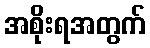
အစိုးရအတွက်